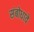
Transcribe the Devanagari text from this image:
संबोधावे